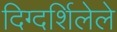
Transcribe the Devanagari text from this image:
दिग्दर्शिलेले